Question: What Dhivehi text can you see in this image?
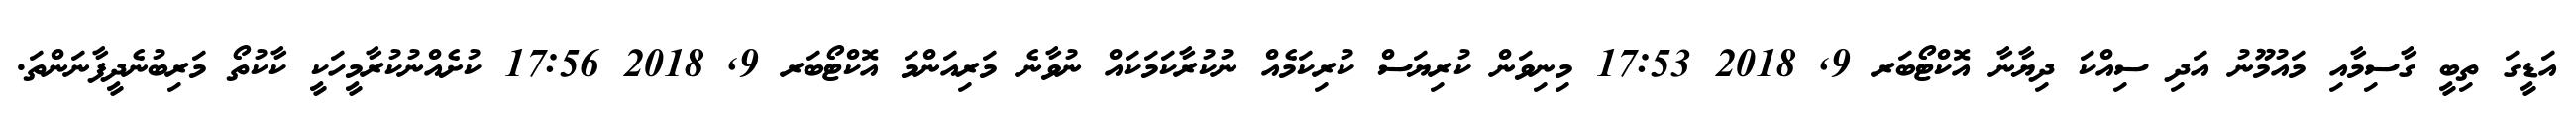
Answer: އަޑީގަ ތިބީ ގާސިމާއި މައުމޫނު އަދި ސިއްކަ ދިޔާނާ އޮކްޓޯބަރ 9, 2018 17:53 މިނިވަން ކުރިޔަސް ކުރިކަމެއް ނުކުރާކަމަކައް ނުވާނެ މަރިއަންމަ އޮކްޓޯބަރ 9, 2018 17:56 ކުށެއްނުކުރާމީހަކީ ކާކުތޯ މަރިބުނެދީފާނަންތަ.